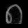
Digit: ၈